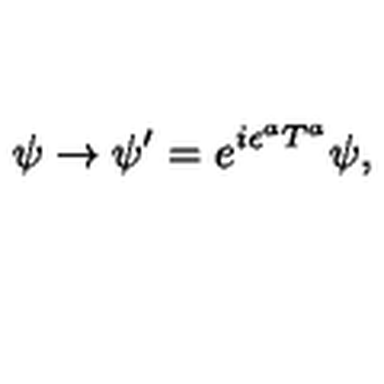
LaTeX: \psi \rightarrow \psi ^ { \prime } = e ^ { i \epsilon ^ { a } T ^ { a } } \psi ,